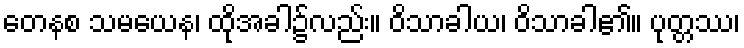
တေနစ သမယေန၊ ထိုအခါ၌လည်း။ ဝိသာခါယ၊ ဝိသာခါ၏။ ပုတ္တဿ၊